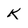
Character: k